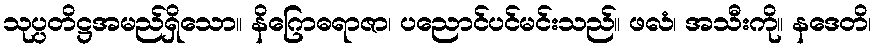
သုပ္ပတိဋ္ဌအမည်ရှိသော။ နိဂြောဓရာဇာ၊ ပညောင်ပင်မင်းသည်။ ဖလံ၊ အသီးကို။ နဒေတိ၊